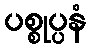
ပစ္စုပ္ပနံ